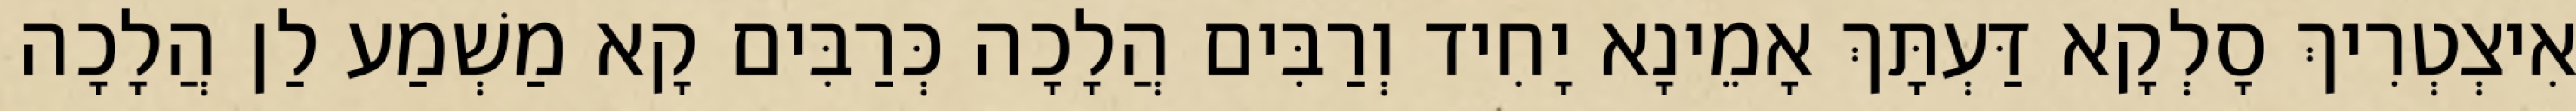
אִיצְטְרִיךְ סָלְקָא דַּעְתָּךְ אָמֵינָא יָחִיד וְרַבִּים הֲלָכָה כְּרַבִּים קָא מַשְׁמַע לַן הֲלָכָה